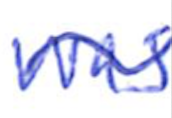
Text: was
Cross-out: wave
Writing tool: ballpoint